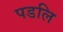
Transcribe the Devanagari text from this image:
पडलि